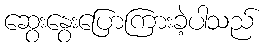
ဆွေးနွေးပြောကြားခဲ့ပါသည်